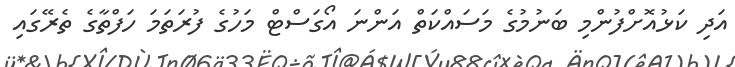
އަދި ކަޅުއޮށްފުންމި ބަނުމުގެ މަސައްކަތް އަންނަ އޯގަސްްޓް މަހުގެ ފުރަތަމަ ހަފްތާގެ ތެރޭގައި